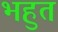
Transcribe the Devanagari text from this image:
भहुत